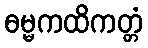
ဓမ္မကထိကတ္တံ